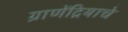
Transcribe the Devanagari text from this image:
ग्राणेंद्रियाचे